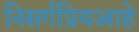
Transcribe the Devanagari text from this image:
निसर्गप्रियआहे